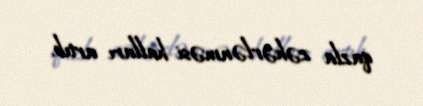
qazla zəhərlənməsi halları artıb.